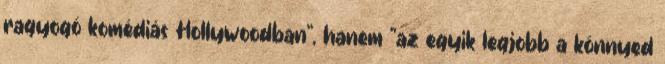
ragyogó komédiás Hollywoodban", hanem "az egyik legjobb a könnyed